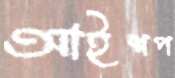
আইশপ